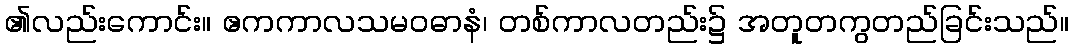
၏လည်းကောင်း။ ဧကကာလသမဝဓာနံ၊ တစ်ကာလတည်း၌ အတူတကွတည်ခြင်းသည်။